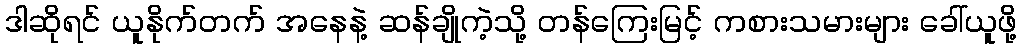
ဒါဆိုရင် ယူနိုက်တက် အနေနဲ့ ဆန်ချိုကဲ့သို့ တန်ကြေးမြင့် ကစားသမားများ ခေါ်ယူဖို့